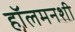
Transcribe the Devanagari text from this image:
हॉलमनशी